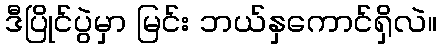
ဒီပြိုင်ပွဲမှာ မြင်း ဘယ်နှကောင်ရှိလဲ။